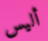
أليس